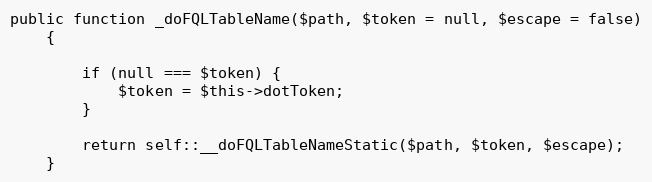
Language: PHP
public function _doFQLTableName($path, $token = null, $escape = false)
    {

        if (null === $token) {
            $token = $this->dotToken;
        }

        return self::__doFQLTableNameStatic($path, $token, $escape);
    }